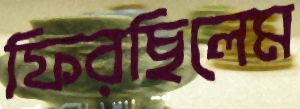
ফিরছিলেম